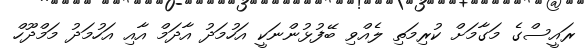
ރައީސްގެ މަގާމަށް ކުރިމަތި ލެއްވި ބޭފުޅުންނަކީ އަހުމަދު އާދަމް އާއި އަހުމަދު މަމްދޫހް